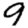
Digit: 9